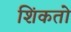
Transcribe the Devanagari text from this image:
शिंकतो